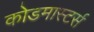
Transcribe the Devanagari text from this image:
कोडमास्टर्स